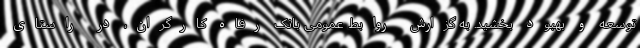
توسعه و بهبود بخشید. به گزارش روابط عمومی بانک رفاه کارگران، در راستای